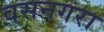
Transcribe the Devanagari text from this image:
वसनगरा